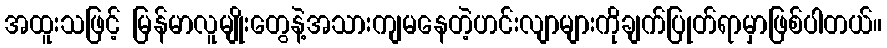
အထူးသဖြင့် မြန်မာလူမျိုးတွေနဲ့အသားကျမနေတဲ့ဟင်းလျာများကိုချက်ပြုတ်ရာမှာဖြစ်ပါတယ်။